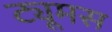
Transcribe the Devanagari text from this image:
ट्यूमस